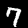
Digit: 7